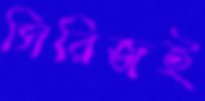
সিরিজই